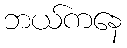
ဘယ်ကနေ